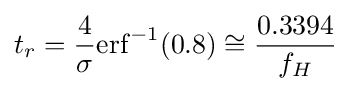
t_{r}={\frac {4}{\sigma }}{\operatorname {erf} ^{-1}(0.8)}\cong {\frac {0.3394}{f_{H}}}